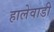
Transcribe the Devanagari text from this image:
हालेवाडी